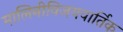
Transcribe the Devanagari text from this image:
मालिनीविजयवार्तिक